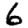
Digit: 6